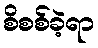
စိစစ်ခဲ့ရာ